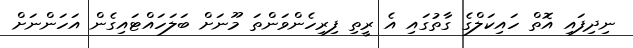
ނިދިފައި އޮތް ހައިކަލްގެ ގާތުގައި އެ ރީތި ފިރިހެންވަންތަ މޫނަށް ބަލަހައްޓައިގެން އަހަންނަށް